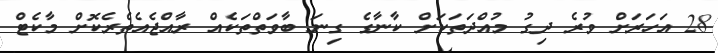
28 އަހަރަށް ވުރެ ދިގު މުއްދަތަކަށް ކާނާގެ ގިނަ ބާވަތްތަކެއް ރާއްޖެއެތެރެކޮށް މާކެޓް